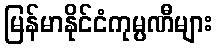
မြန်မာနိုင်ငံကုမ္ပဏီများ